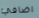
اضافي